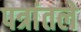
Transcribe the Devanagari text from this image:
पत्रांतले